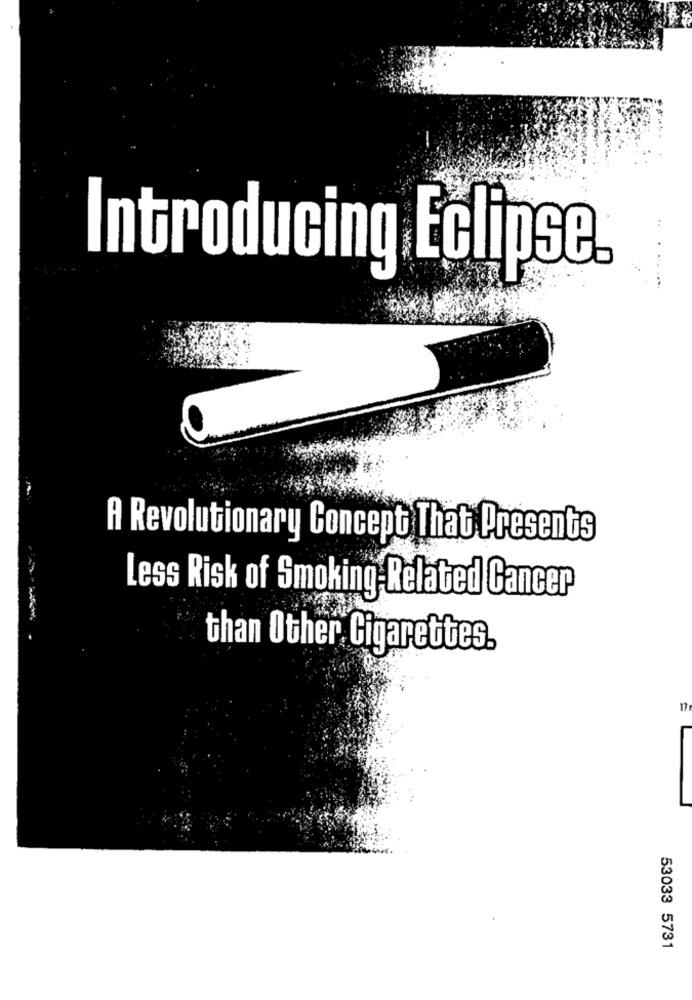
Introducing Eclipse.
A Revolutionary Concept That Presents
Less Risk of Smoking Related Cancer
than Other Cigarettes.
17
L
-
53033 5731